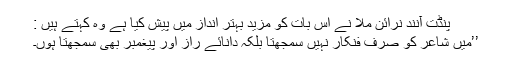
پنڈت آنند نرائن ملا نے اس بات کو مزید بہتر انداز میں پیش کیا ہے وہ کہتے ہیں :
’’میں شاعر کو صرف فنکار نہیں سمجھتا بلکہ دانائے راز اور پیغمبر بھی سمجھتا ہوں۔